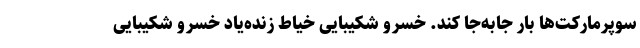
سوپرمارکت‌ها بار جابه‌جا کند. خسرو شکیبایی خیاط زنده‌یاد خسرو شکیبایی